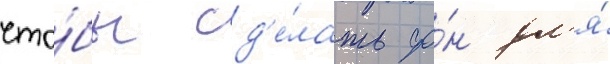
что́бы сд'е́лать фо́н дл'я́